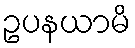
ဥပနယာမိ